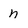
Character: n